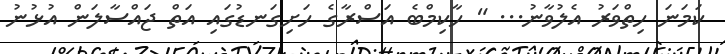
ކަމަނަ ހިތްވަރު އެލުވާނު... " ހާކިމްބެ އަސްރާގެ ހަށިގަނޑުގައި އަތް ޖައްސާލަން އުޅުނު